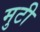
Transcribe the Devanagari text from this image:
मुटी